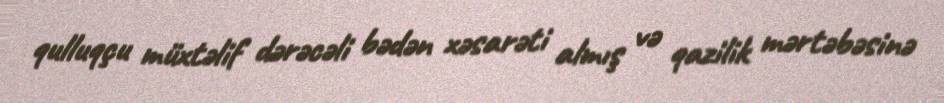
qulluqçu müxtəlif dərəcəli bədən xəsarəti almış və qazilik mərtəbəsinə